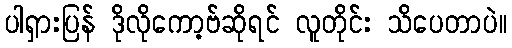
ပါရှားပြန် ဒိုလိုကော့ဗ်ဆိုရင် လူတိုင်း သိပေတာပဲ။